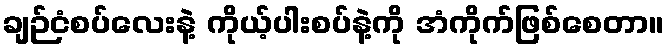
ချဉ်ငံစပ်လေးနဲ့ ကိုယ့်ပါးစပ်နဲ့ကို အံကိုက်ဖြစ်စေတာ။